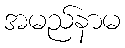
အမည်နာမ